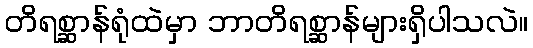
တိရစ္ဆာန်ရုံထဲမှာ ဘာတိရစ္ဆာန်များရှိပါသလဲ။